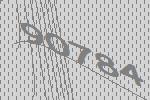
90784